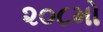
૨૦૮મો